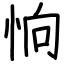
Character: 恦